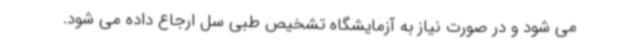
می شود و در صورت نیاز به آزمایشگاه تشخیص طبی سل ارجاع داده می شود.